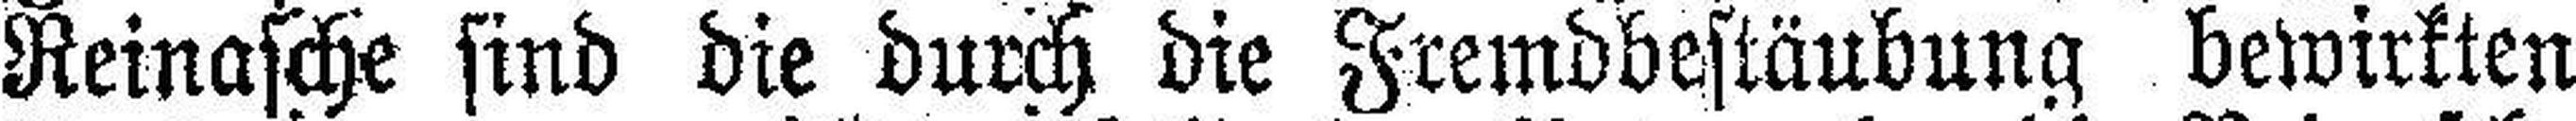
Reinasche sind die durch die Fremdbestäubung bewirkten